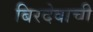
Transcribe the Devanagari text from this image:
बिरदेवाची